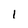
Character: 1